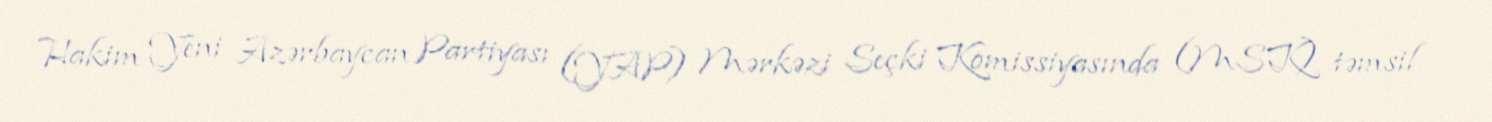
Hakim Yeni Azərbaycan Partiyası (YAP) Mərkəzi Seçki Komissiyasında (MSK) təmsil